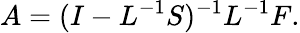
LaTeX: A=(I-L^{-1}S)^{-1}L^{-1}F.